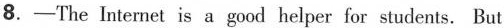
8.-The Internet is agood helper for students. But